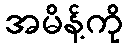
အမိန့်ကို